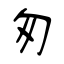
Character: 匆